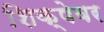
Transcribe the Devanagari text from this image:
शिक्षेवर